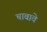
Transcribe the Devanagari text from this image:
चावावे